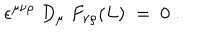
\epsilon ^ { \mu \nu \rho } \; D _ { \mu } \; F _ { \nu \rho } ( L ) \; = \; 0 \; .